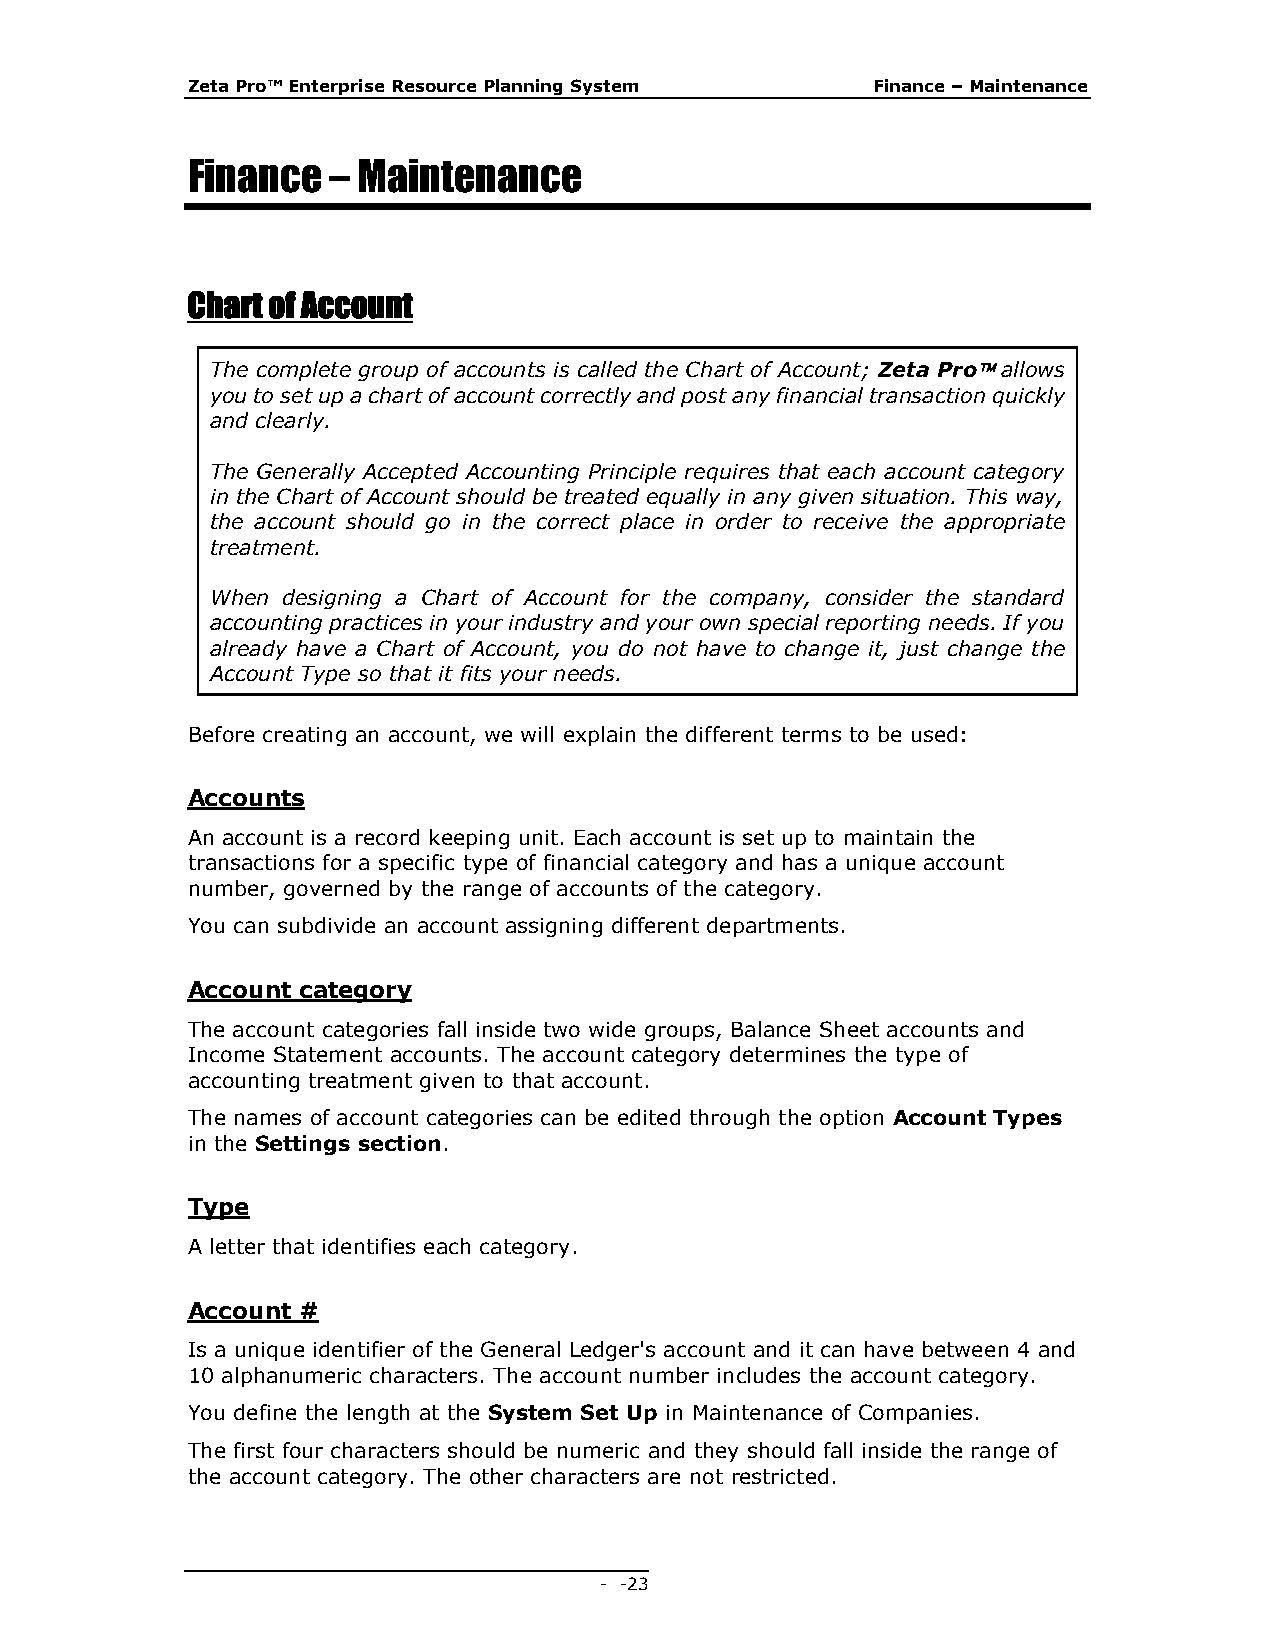
Zeta Pro™ Enterprise Resource Planning System Finance – Maintenance
 Finance   – Maintenance
 Chart of Account
 The complete group of accounts is called the Chart of Account; Zeta Pro allows
 you to set up a chart of account correctly and post any financial transaction quickly
 and clearly.
 The Generally Accepted Accounting Principle requires that each account category
 in the Chart of Account should be treated equally in any given situation. This way,
 the account should go in the correct place in order to receive the appropriate
 treatment.
 When designing a Chart of Account for the company, consider the standard
 accounting practices in your industry and your own special reporting needs. If you
 already have a Chart of Account, you do not have to change it, just change the
 Account Type so that it fits your needs.
 Before creating an account, we will explain the different terms to be used:
 Accounts
 An account is a record keeping unit. Each account is set up to maintain the
 transactions for a specific type of financial category and has a unique account
 number, governed by the range of accounts of the category.
 You can subdivide an account assigning different departments.
 Account category
 The account categories fall inside two wide groups, Balance Sheet accounts and
 Income Statement accounts. The account category determines the type of
 accounting treatment given to that account.
 The names of account categories can be edited through the option Account Types
 in the Settings section.
 Type
 A letter that identifies each category.
 Account #
 Is a unique identifier of the General Ledger's account and it can have between 4 and
 10 alphanumeric characters. The account number includes the account category.
 You define the length at the System Set Up in Maintenance of Companies.
 The first four characters should be numeric and they should fall inside the range of
 the account category. The other characters are not restricted.
 - - 23